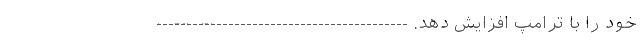
خود را با ترامپ افزایش دهد. ------------------------------------------